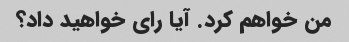
من خواهم کرد. آیا رای خواهید داد؟